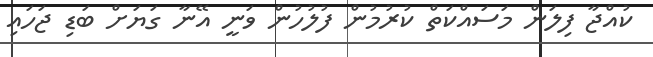
ކުއްޖާ ފިލަން މަސައްކަތް ކުރުމުން ފުލުހުން ވަނީ އޭނާ ގަޔަށް ބަޑި ޖަހައި